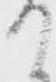
て